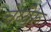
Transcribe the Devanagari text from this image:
चेय्येरू